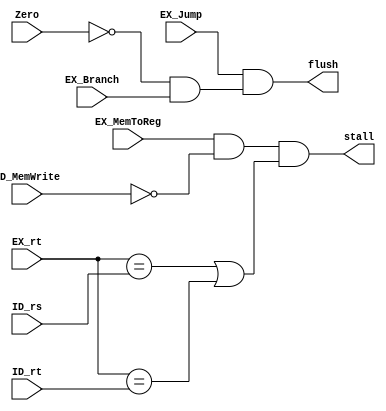

`timescale 1ns / 1ps

module HazardUnit(
    input EX_MemToReg,
    input ID_MemWrite,
    input [4:0] EX_rt,
    input [4:0] ID_rs,
    input [4:0] ID_rt,

    input EX_Jump,
    input EX_Branch,
    input Zero,
    output stall,
    output flush
    );                                                              
    // load-use Hazard
    // Attention: Save after Load Can be solved by Forwarding 
    assign stall = ( (EX_MemToReg ) && (~ID_MemWrite) && ((EX_rt == ID_rs) || (EX_rt == ID_rt)) ) | 0;
    
    assign flush = (EX_Jump && ((Zero == 0) && EX_Branch)) | 0;
    // Jump Hazard & Branch Hazard
    
endmodule